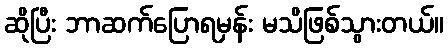
ဆိုပြီး ဘာဆက်ပြောရမှန်း မသိဖြစ်သွားတယ်။